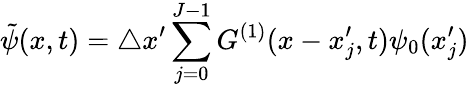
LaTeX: \tilde{\psi}(x,t)=\triangle x^{\prime}\sum_{j=0}^{J-1}G^{(1)}(x-x_{j}^{\prime},t)\psi_{0}(x_{j}^{\prime})